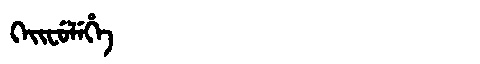
Manchu: ᡴᡝᡳᠸᡠᠯᡝᡥᡝ
Romanization: KEIFULEHE